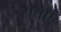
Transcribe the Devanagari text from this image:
सत्तएं